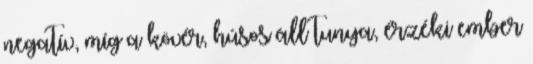
negatív, míg a kövér, húsos áll tunya, érzéki ember